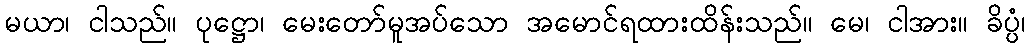
မယာ၊ ငါသည်။ ပုဋ္ဌော၊ မေးတော်မူအပ်သော အမောင်ရထားထိန်းသည်။ မေ၊ ငါအား။ ခိပ္ပံ၊